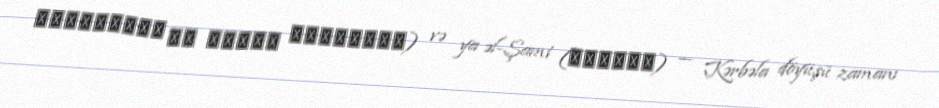
حَنْظَلَة بن أسعَد الشِبامی) və ya əl-Şami (الشامی) — Kərbəla döyüşü zamanı